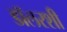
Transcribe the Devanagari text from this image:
डॉलरशी